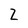
Character: 2